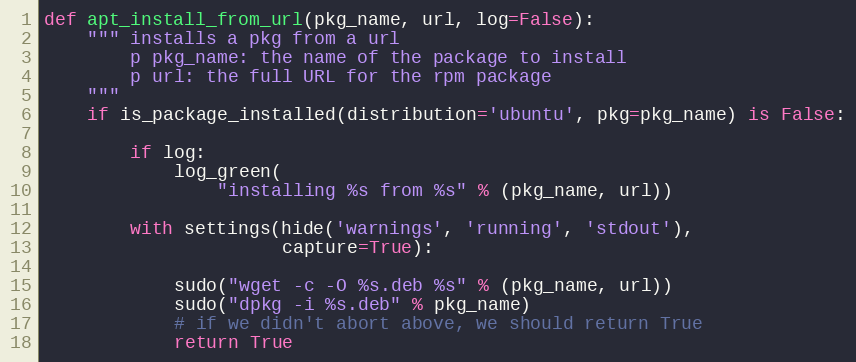
Language: Python
def apt_install_from_url(pkg_name, url, log=False):
    """ installs a pkg from a url
        p pkg_name: the name of the package to install
        p url: the full URL for the rpm package
    """
    if is_package_installed(distribution='ubuntu', pkg=pkg_name) is False:

        if log:
            log_green(
                "installing %s from %s" % (pkg_name, url))

        with settings(hide('warnings', 'running', 'stdout'),
                      capture=True):

            sudo("wget -c -O %s.deb %s" % (pkg_name, url))
            sudo("dpkg -i %s.deb" % pkg_name)
            # if we didn't abort above, we should return True
            return True